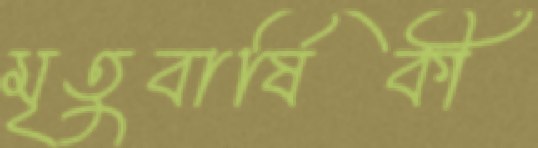
মৃতুবার্ষিকী